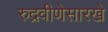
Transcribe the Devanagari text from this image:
रुद्रवीणेसारखे